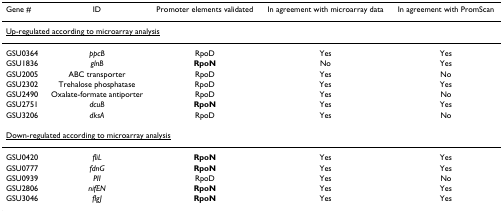
| Gene # | ID | Promoter elements validated | In agreement with microarray data | In agreement with PromScan |
 | --- | --- | --- | --- | --- |
 | <COLSPAN=5> <underline>Up-regulated according to microarray analysis</underline> |
 | GSU0364 | ppcB | RpoD | Yes | Yes |
 | GSU1836 | glnB | RpoN | No | Yes |
 | GSU2005 | ABC transporter | RpoD | Yes | No |
 | GSU2302 | Trehalose phosphatase | RpoD | Yes | Yes |
 | GSU2490 | Oxalate-formate antiporter | RpoD | Yes | No |
 | GSU2751 | dcuB | RpoN | Yes | Yes |
 | GSU3206 | dksA | RpoD | Yes | No |
 | <COLSPAN=5> <underline>Down-regulated according to microarray analysis</underline> |
 | GSU0420 | fliL | RpoN | Yes | Yes |
 | GSU0777 | fdnG | RpoN | Yes | Yes |
 | GSU0939 | PII | RpoD | Yes | No |
 | GSU2806 | nifEN | RpoN | Yes | Yes |
 | GSU3046 | flgJ | RpoN | Yes | Yes |